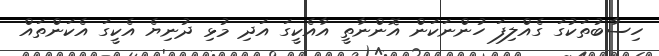
ހިސާބުތަކުގަ ގެއްލިފަ ހުންނަކަން އޮންނާތީ އާއެކީގަ އަދި މުޅި ދުނިޔެ އެކީގަ އެކަންތައް